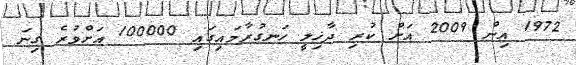
1972 އިން 2009 އަށް ކުރި ދާޚިލީ ހަނގުރާމައިގައި 100000 އަށްވުރެ ގިނަ